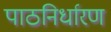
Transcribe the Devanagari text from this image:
पाठनिर्धारण